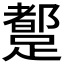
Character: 𲄆